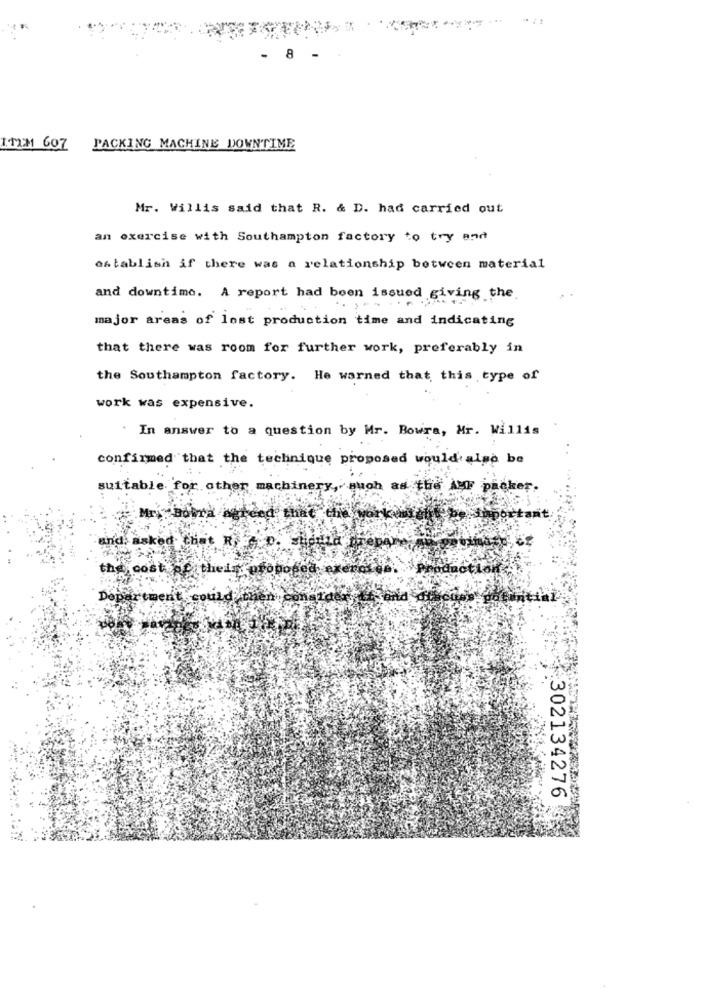
- 8
1.122 607
PACKING MACHINE DOWNTIME
Mr. Willis said that R. & D. had carried out
an exercise with Southampton factory to try and
establish if there was a relationship between material
and downtime. A report had been issued giving the
major areas of lost production time and indicating
that there was room for further work, preferably in
the Southampton factory. He warned that this type of
work was expensive.
In answer to a question by Mr. Bowra, Mr. Willis
confirmed that the technique proposed would also be
suitable for other machinery,such as the AMF packer.
the
ind, asked.
cost pe their ofopoced exercise
could
302134276